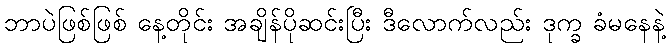
ဘာပဲဖြစ်ဖြစ် နေ့တိုင်း အချိန်ပိုဆင်းပြီး ဒီလောက်လည်း ဒုက္ခ ခံမနေနဲ့